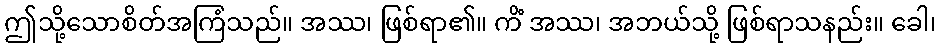
ဤသို့သောစိတ်အကြံသည်။ အဿ၊ ဖြစ်ရာ၏။ ကိံ အဿ၊ အဘယ်သို့ ဖြစ်ရာသနည်း။ ခေါ၊